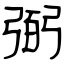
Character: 弼